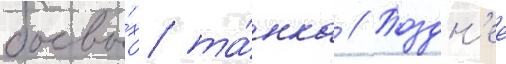
боевы́х та́нка // Поздн'ее